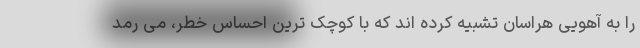
را به آهویی هراسان تشبیه کرده اند که با کوچک ترین احساس خطر، می رمد